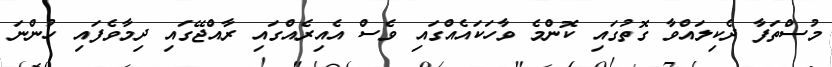
މުސްތަފާ ދެކިލައްވާ ގޮތުގައި ކޮންމެ ވާހަކައެއްގައި ވެސް އެއިރެއްގައި ރާއްޖޭގައި ދިމާވެފައި ހުންނަ